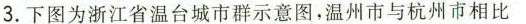
3.下图为浙江省温台城市群示意图，温州市与杭州市相比